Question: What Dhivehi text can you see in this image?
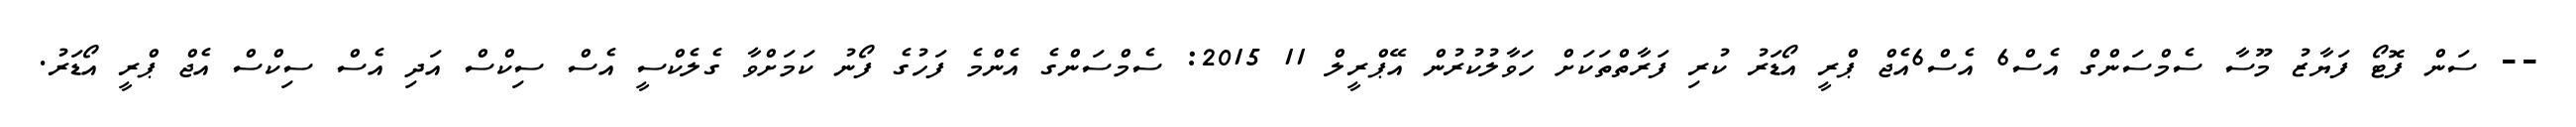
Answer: -- ސަން ފޮޓޯ ފަޔާޒު މޫސާ ސެމްސަންގް އެސް6 އެސް6އެޖް ޕްރީ އޯޑަރު ކުރި ފަރާތްތަކަށް ހަވާލުކުރުން އޭޕްރީލް 11 2015: ސެމްސަންގެ އެންމެ ފަހުގެ ފޯނު ކަމަށްވާ ގެލެކްސީ އެސް ސިކްސް އަދި އެސް ސިކްސް އެޖް ޕްރީ އޯޑަރު.